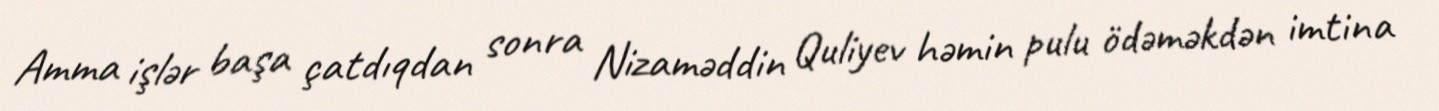
Amma işlər başa çatdıqdan sonra Nizaməddin Quliyev həmin pulu ödəməkdən imtina